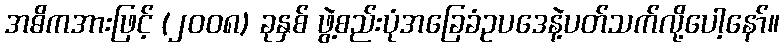
အဓိကအားဖြင့် (၂၀၀၈) ခုနှစ် ဖွဲ့စည်းပုံအခြေခံဥပဒေနဲ့ပတ်သက်လို့ပေါ့နော်။